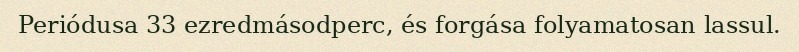
Periódusa 33 ezredmásodperc, és forgása folyamatosan lassul.